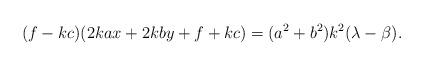
LaTeX: \begin{align*}(f-kc)(2kax+2kby+f+kc)=(a^2+b^2)k^2(\lambda-\beta).\end{align*}